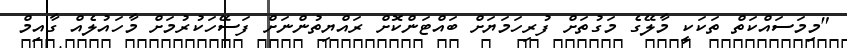
"މިމަސައްކަތް ތަކަކީ މާލޭގެ މަގުތަށް ފުރިހަމަޔަށް ބައްޓަންކޮށް ރައްޔިތުންނަށް ފަސޭހަކުރުމަށް މާހައުލެއް ގާއިމް